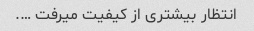
انتظار بیشتری از کیفیت میرفت ….